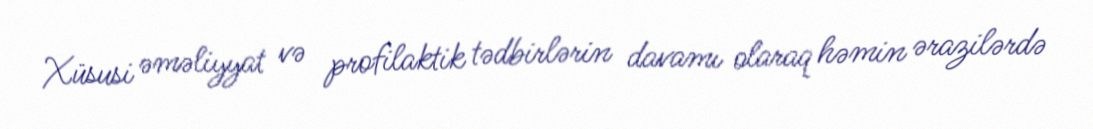
Xüsusi əməliyyat və profilaktik tədbirlərin davamı olaraq həmin ərazilərdə